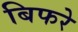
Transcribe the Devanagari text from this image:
बिफरे